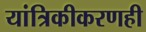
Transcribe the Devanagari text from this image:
यांत्रिकीकरणही